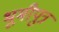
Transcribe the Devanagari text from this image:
भूमीपुत्र